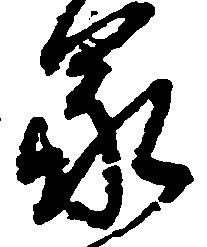
蒙